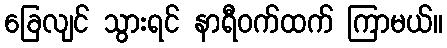
ခြေလျင် သွားရင် နာရီဝက်ထက် ကြာမယ်။